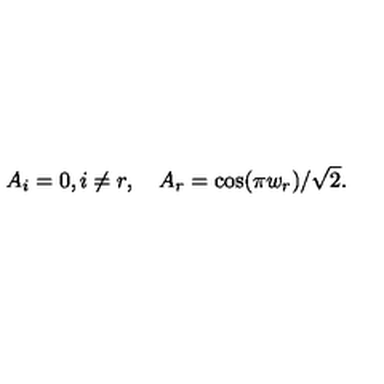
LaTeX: A _ { i } = 0 , i \neq r , \quad A _ { r } = \cos ( \pi w _ { r } ) / \sqrt { 2 } .